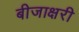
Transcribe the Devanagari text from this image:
बीजाक्षरी